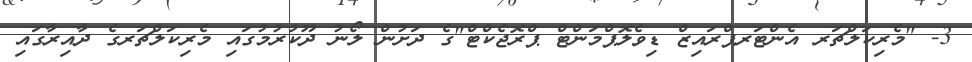
3- "މެރިކަލްޗަރ އެންޓަރޕްރައިޒް ޑިވެލޮޕްމަންޓް ޕްރޮޖެކްޓް"ގެ ދަށުން ލޯނު ދޫކުރުމުގައި މެރިކަލްޗަރގެ ދާއިރާގައި